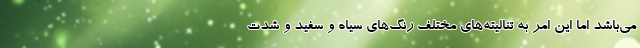
مي‌باشد اما اين امر به تناليته‌هاي مختلف رنگ‌هاي سياه و سفيد و شدت